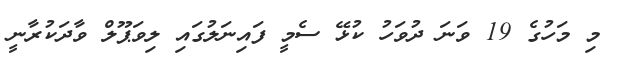
މި މަހުގެ 19 ވަނަ ދުވަހު ކުޅޭ ސެމީ ފައިނަލުގައި ލިވަޕޫލް ވާދަކުރާނީ